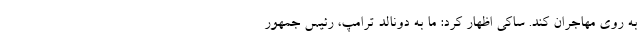
به روی مهاجران کند. ساکی اظهار کرد: ما به دونالد ترامپ، رئیس جمهور